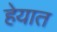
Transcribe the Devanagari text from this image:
हेयात